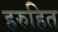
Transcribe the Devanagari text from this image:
हरुहित